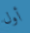
أول